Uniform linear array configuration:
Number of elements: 24
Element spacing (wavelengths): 0.25
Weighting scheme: hamming
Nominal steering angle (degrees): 15
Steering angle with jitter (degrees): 16.594
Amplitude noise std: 0.05
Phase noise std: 0.05

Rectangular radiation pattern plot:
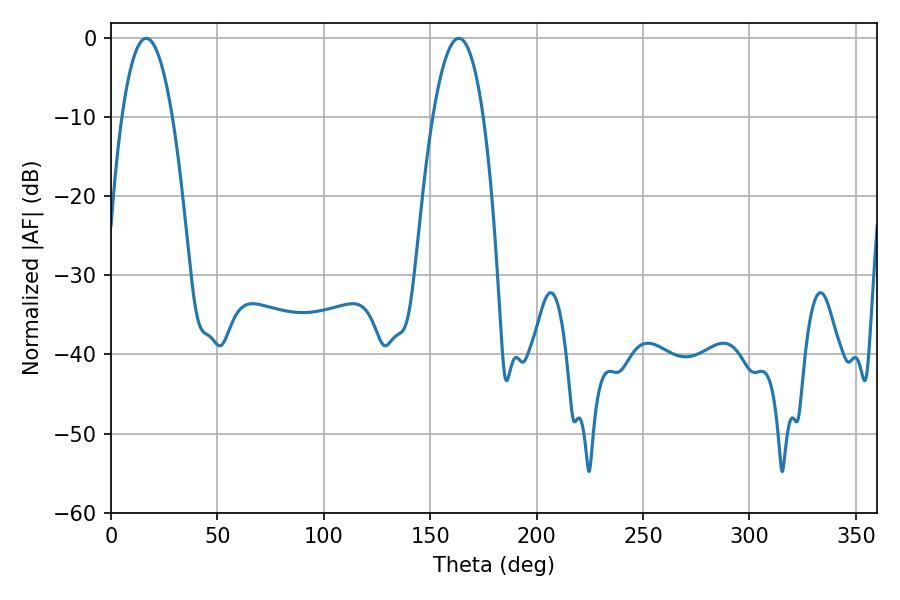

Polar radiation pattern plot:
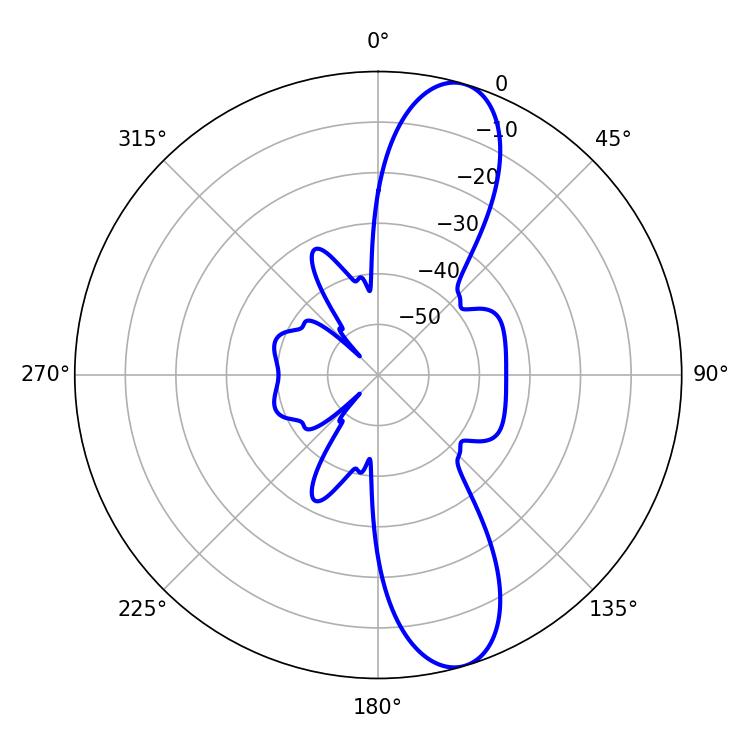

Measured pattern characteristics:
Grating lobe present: FALSE
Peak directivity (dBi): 11.51
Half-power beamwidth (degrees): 13.14
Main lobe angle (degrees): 16.56